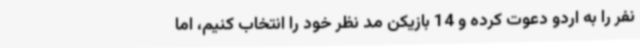
نفر را به اردو دعوت کرده و 14 بازیکن مد نظر خود را انتخاب ‌کنیم، اما